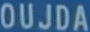
OUJDA